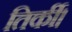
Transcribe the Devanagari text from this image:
तिर्की।